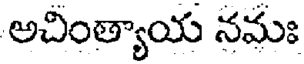
అచింత్యాయ నమః